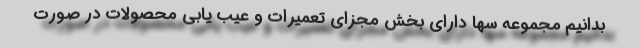
بدانیم مجموعه سها دارای بخش مجزای تعمیرات و عیب یابی محصولات در صورت